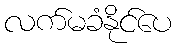
လက်မခံနိုင်ပေ